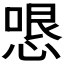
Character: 𭝫